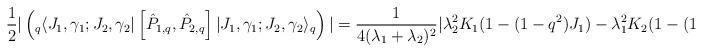
LaTeX: \begin{align*} \frac{1}{2}\vert \left({}_q\langle J_1,\gamma_1; J_2,\gamma_2\vert \left[\hat P_{1,q},\hat P_{2,q}\right] \vert J_1,\gamma_1; J_2,\gamma_2\rangle_q\right)\vert = \frac{1}{4(\lambda_1 +\lambda_2)^2}\vert \lambda_2^2K_1(1 -(1-q^2)J_1) - \lambda_1^2 K_2(1 -(1-q^2)J_2)\vert.\end{align*}